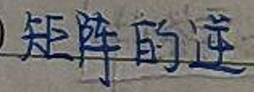
矩阵的逆